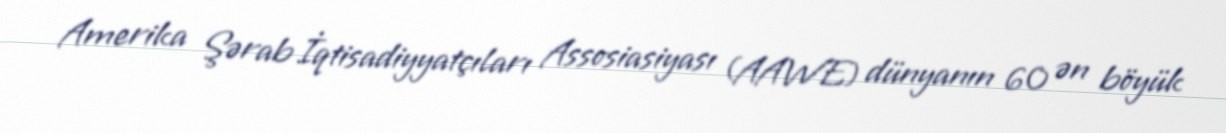
Amerika Şərab İqtisadiyyatçıları Assosiasiyası (AAWE) dünyanın 60 ən böyük